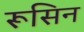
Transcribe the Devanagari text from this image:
रूसिन